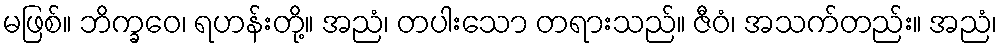
မဖြစ်။ ဘိက္ခဝေ၊ ရဟန်းတို့။ အညံ၊ တပါးသော တရားသည်။ ဇီဝံ၊ အသက်တည်း။ အညံ၊